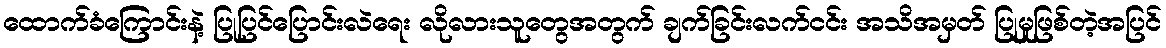
ထောက်ခံကြောင်းနဲ့ ပြုပြင်ပြောင်းလဲရေး လိုလားသူတွေအတွက် ချက်ခြင်းလက်ငင်း အသိအမှတ် ပြုမှုဖြစ်တဲ့အပြင်